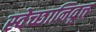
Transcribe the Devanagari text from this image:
स्वेच्छानिवृत्त